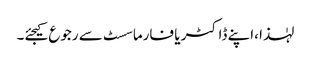
لہٰذا ،اپنے ڈاکٹر یا فارماسسٹ سے رجوع کیجئے۔